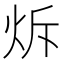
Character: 𤇚